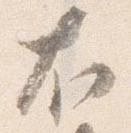
右